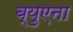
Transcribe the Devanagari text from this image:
ब्युएना